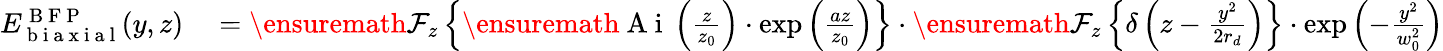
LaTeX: \begin{array}{rl}{E_{\mathrm{~b~i~a~x~i~a~l~}}^{\mathrm{~B~F~P~}}(y,z)}&{{}=\ensuremath{\mathcal{F}}_{z}\left\{ \ensuremath{\mathrm{~A~i~}}\left(\frac{z}{z_{0}}\right)\cdot\exp\left(\frac{az}{z_{0}}\right)\right\} \cdot\ensuremath{\mathcal{F}}_{z}\left\{ \delta\left(z-\frac{y^{2}}{2r_{d}}\right)\right\} \cdot\exp\left(-\frac{y^{2}}{w_{0}^{2}}\right)}\end{array}